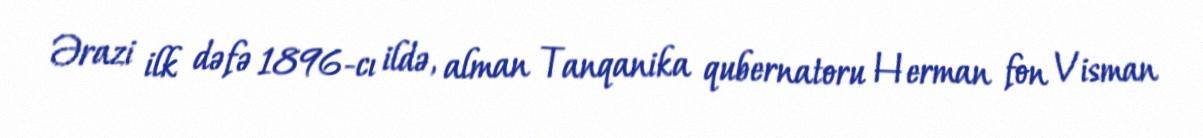
Ərazi ilk dəfə 1896-cı ildə, alman Tanqanika qubernatoru Herman fon Visman